Report on sanitation, dispensaries, and jails in Rajputana for 1913, and on vaccination for the year 1913-1914 - 1913-1914
Year: 1913
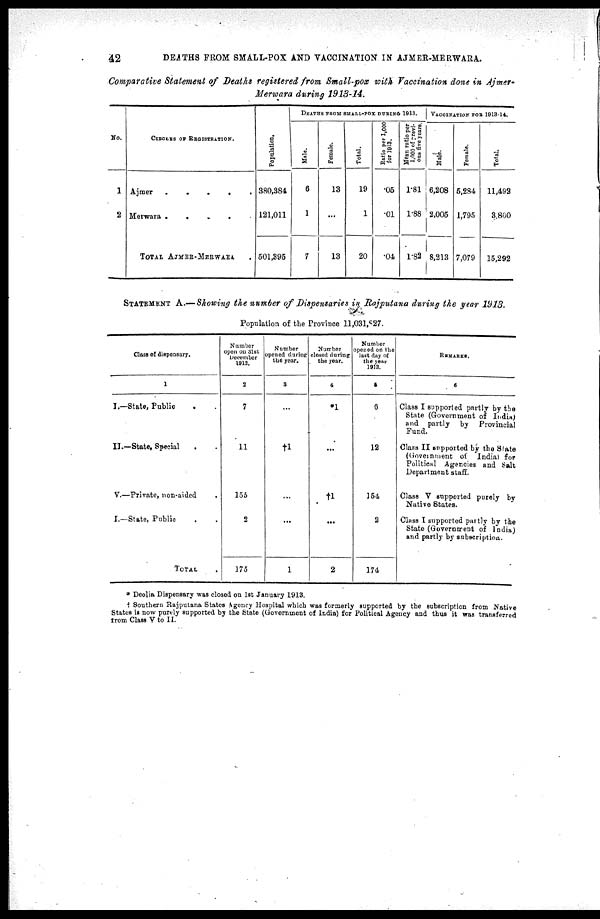
42
DEATHS FROM SMALL-POX AND VACCINATION IN AJMER-MERWARA.
Comparative Statement of Deaths registered from Small-pox with Vaccination done in Ajmer¬
Merwara during 1913-14.
No.
1
2
CIRCLES OF REGISTRATION.
Ajmer
.
.
.
.
.
Merwara .
.
.
.
TOTAL AJMER-MERWARA .
Population.
380,384
121,011
501,395
DEATHS FROM SMALL-POX DURING 1913.
Male.
6
1
7
Female.
13
...
13
Total.
19
1
20
Ratio per 1,000
for 1913.
.05
.01
.04
Mean ratio par
1,000 of Previ¬
ous five years.
1.81
1.88
1.82
VACCINATION FOR 1913-14.
Male.
6,208
2,005
8,213
Female.
5,284
1,795
7,079
Total.
11,492
3,800
15,292
STATEMENT A.— Showing the number of Dispensaries in Rajputana during the year 1913.
Population of the Province 11,031,827.
Class of dispensary.
1
I.—State, Public . .
II.—State, Special . .
V.—Private, non-aided .
I.—State, Public . .
TOTAL
Number
open on 31st
December
1912.
2
7
11
155
2
175
Number
opened during
the year.
3
...
†1
...
...
1
Number
closed during
the year.
4
1
...
†1
...
2
Number
opened on the
last day of
the year
1913.
5
6
12
154
2
174
REMARKS.
6
Class I supported partly by the
State (Government of India)
and partly by Provincial
Fund.
Class II supported by the State
(Government of India) for
Political Agencies and Salt
Department staff.
Class V supported purely by
Native States.
Class I supported partly by the
State (Government of India)
and partly by subscription.
* Deolia Dispensary was closed on 1st January 1913.
Southern Rajputana States Agency Hospital which was formerly supported by the subscription from Native
States is now purely supported by the State (Government of India) for Political Agency and thus it was transferred
from Class V to II.